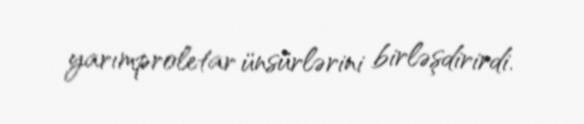
yarımproletar ünsürlərini birləşdirirdi.